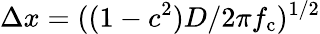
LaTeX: \Delta x=((1-c^{2})D/2\pi f_{\mathrm{c}})^{1/2}